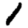
Digit: 1